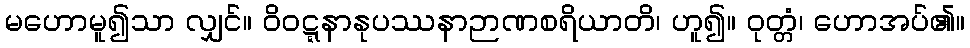
မဟောမူ၍သာ လျှင်။ ဝိဝဋ္ဋနာနုပဿနာဉာဏစရိယာတိ၊ ဟူ၍။ ဝုတ္တံ၊ ဟောအပ်၏။